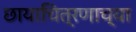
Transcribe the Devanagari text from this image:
छायाचित्रणाच्या